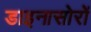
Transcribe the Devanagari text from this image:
डाइनासोरों